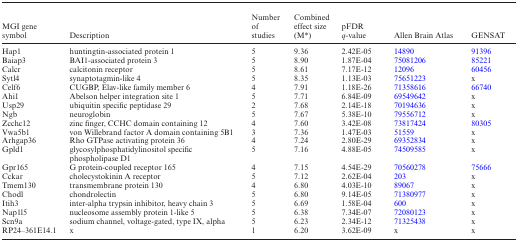
<table><thead><tr><td><b>MGI gene symbol</b></td><td><b>Description</b></td><td><b>Number of studies</b></td><td><b>Combined effect size (M*)</b></td><td><b>pFDR <i>q</i>-value</b></td><td><b>Allen Brain Atlas</b></td><td><b>GENSAT</b></td></tr></thead><tbody><tr><td>Hap1</td><td>huntingtin-associated protein 1</td><td>5</td><td>9.36</td><td>2.42E-05</td><td>14890</td><td>91396</td></tr><tr><td>Baiap3</td><td>BAI1-associated protein 3</td><td>5</td><td>8.90</td><td>1.87E-04</td><td>75081206</td><td>85221</td></tr><tr><td>Calcr</td><td>calcitonin receptor</td><td>5</td><td>8.61</td><td>7.17E-12</td><td>12096</td><td>60456</td></tr><tr><td>Sytl4</td><td>synaptotagmin-like 4</td><td>5</td><td>8.35</td><td>1.13E-03</td><td>75651223</td><td>x</td></tr><tr><td>Celf6</td><td>CUGBP, Elav-like family member 6</td><td>4</td><td>7.91</td><td>1.18E-26</td><td>71358616</td><td>66740</td></tr><tr><td>Ahi1</td><td>Abelson helper integration site 1</td><td>5</td><td>7.71</td><td>6.84E-09</td><td>69549642</td><td>x</td></tr><tr><td>Usp29</td><td>ubiquitin specific peptidase 29</td><td>2</td><td>7.68</td><td>2.14E-18</td><td>70194636</td><td>x</td></tr><tr><td>Ngb</td><td>neuroglobin</td><td>5</td><td>7.67</td><td>5.38E-10</td><td>79556712</td><td>x</td></tr><tr><td>Zcchc12</td><td>zinc finger, CCHC domain containing 12</td><td>4</td><td>7.60</td><td>3.42E-08</td><td>73817424</td><td>80305</td></tr><tr><td>Vwa5b1</td><td>von Willebrand factor A domain containing 5B1</td><td>3</td><td>7.36</td><td>1.47E-03</td><td>51559</td><td>x</td></tr><tr><td>Arhgap36</td><td>Rho GTPase activating protein 36</td><td>4</td><td>7.24</td><td>2.80E-29</td><td>69352834</td><td>x</td></tr><tr><td>Gpld1</td><td>glycosylphosphatidylinositol specific phospholipase D1</td><td>5</td><td>7.16</td><td>4.88E-05</td><td>74509585</td><td>x</td></tr><tr><td>Gpr165</td><td>G protein-coupled receptor 165</td><td>4</td><td>7.15</td><td>4.54E-29</td><td>70560278</td><td>75666</td></tr><tr><td>Cckar</td><td>cholecystokinin A receptor</td><td>5</td><td>7.12</td><td>2.62E-04</td><td>203</td><td>x</td></tr><tr><td>Tmem130</td><td>transmembrane protein 130</td><td>4</td><td>6.80</td><td>4.03E-10</td><td>89067</td><td>x</td></tr><tr><td>Chodl</td><td>chondrolectin</td><td>5</td><td>6.80</td><td>9.14E-05</td><td>71380977</td><td>x</td></tr><tr><td>Itih3</td><td>inter-alpha trypsin inhibitor, heavy chain 3</td><td>5</td><td>6.69</td><td>1.58E-04</td><td>600</td><td>x</td></tr><tr><td>Nap1l5</td><td>nucleosome assembly protein 1-like 5</td><td>5</td><td>6.38</td><td>7.34E-07</td><td>72080123</td><td>x</td></tr><tr><td>Scn9a</td><td>sodium channel, voltage-gated, type IX, alpha</td><td>5</td><td>6.23</td><td>2.34E-12</td><td>71325438</td><td>x</td></tr><tr><td>RP24–361E14.1</td><td>x</td><td>1</td><td>6.20</td><td>3.62E-09</td><td>x</td><td>x</td></tr></tbody></table>